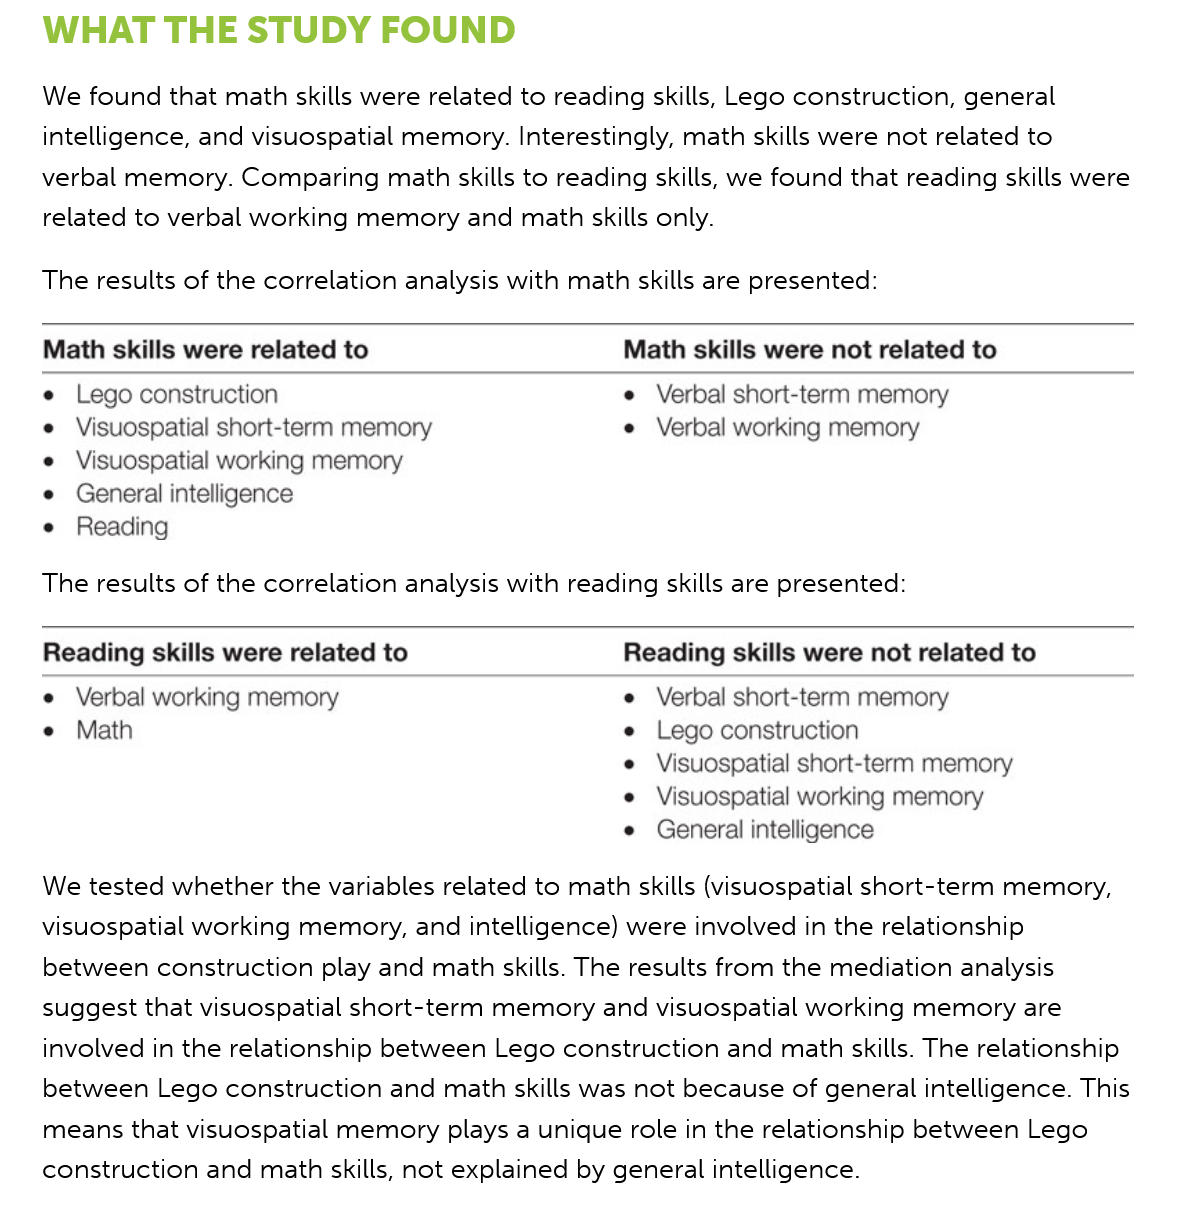
WHAT  THE    STUDY    FOUND
    We found that math skills were related to reading skills, Lego construction, general
    intelligence, and visuospatial memory. Interestingly, math skills were not related to
    verbal memory. Comparing math skills to reading skills, we found that reading skills were
    related to verbal working memory and math skills only.
    The results of the correlation analysis with math skills are presented:

    Math skills were related to    Math skills were not related to

     Lego construction
     Visuospatial short-term memory
     Visuospatial working memory
     General intelligence
     Reading
     e  Verbal short-term memory
     e  Verbal working memory
    The results of the correlation analysis with reading skills are presented:

    Reading skills were related to    Reading skills were not related to

    e Verbal working memory
    e Math
     Verbal short-term memory
     Lego construction
     Visuospatial short-term memory
     Visuospatial working memory
     General intelligence
    We tested whether the variables related to math skills (visuospatial short-term memory,
    visuospatial working memory, and intelligence) were involved in the relationship
    between construction play and math skills. The results from the mediation analysis
    suggest that visuospatial short-term memory and visuospatial working memory are
    involved in the relationship between Lego construction and math skills. The relationship
    between Lego construction and math skills was not because of general intelligence. This
    means that visuospatial memory plays a unique role in the relationship between Lego
    construction and math skills, not explained by general intelligence.